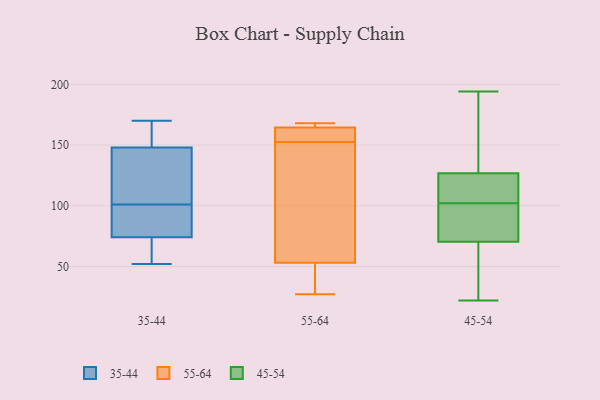
{"axis": {"x": "Satisfaction Score", "y": "Value"}, "legend": ["35-44", "45-54", "55-64"], "data": [{"x": "", "y": 60, "type": "35-44"}, {"x": "", "y": 162, "type": "35-44"}, {"x": "", "y": 74, "type": "35-44"}, {"x": "", "y": 52, "type": "35-44"}, {"x": "", "y": 130, "type": "35-44"}, {"x": "", "y": 148, "type": "35-44"}, {"x": "", "y": 170, "type": "35-44"}, {"x": "", "y": 116, "type": "35-44"}, {"x": "", "y": 86, "type": "35-44"}, {"x": "", "y": 76, "type": "35-44"}, {"x": "", "y": 49, "type": "55-64"}, {"x": "", "y": 156, "type": "55-64"}, {"x": "", "y": 168, "type": "55-64"}, {"x": "", "y": 65, "type": "55-64"}, {"x": "", "y": 164, "type": "55-64"}, {"x": "", "y": 162, "type": "55-64"}, {"x": "", "y": 168, "type": "55-64"}, {"x": "", "y": 149, "type": "55-64"}, {"x": "", "y": 47, "type": "55-64"}, {"x": "", "y": 57, "type": "55-64"}, {"x": "", "y": 27, "type": "55-64"}, {"x": "", "y": 165, "type": "55-64"}, {"x": "", "y": 187, "type": "45-54"}, {"x": "", "y": 25, "type": "45-54"}, {"x": "", "y": 102, "type": "45-54"}, {"x": "", "y": 114, "type": "45-54"}, {"x": "", "y": 120, "type": "45-54"}, {"x": "", "y": 22, "type": "45-54"}, {"x": "", "y": 105, "type": "45-54"}, {"x": "", "y": 77, "type": "45-54"}, {"x": "", "y": 100, "type": "45-54"}, {"x": "", "y": 129, "type": "45-54"}, {"x": "", "y": 191, "type": "45-54"}, {"x": "", "y": 64, "type": "45-54"}, {"x": "", "y": 85, "type": "45-54"}, {"x": "", "y": 194, "type": "45-54"}, {"x": "", "y": 68, "type": "45-54"}]}